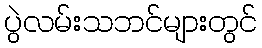
ပွဲလမ်းသဘင်များတွင်